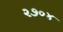
૨૭૦૪